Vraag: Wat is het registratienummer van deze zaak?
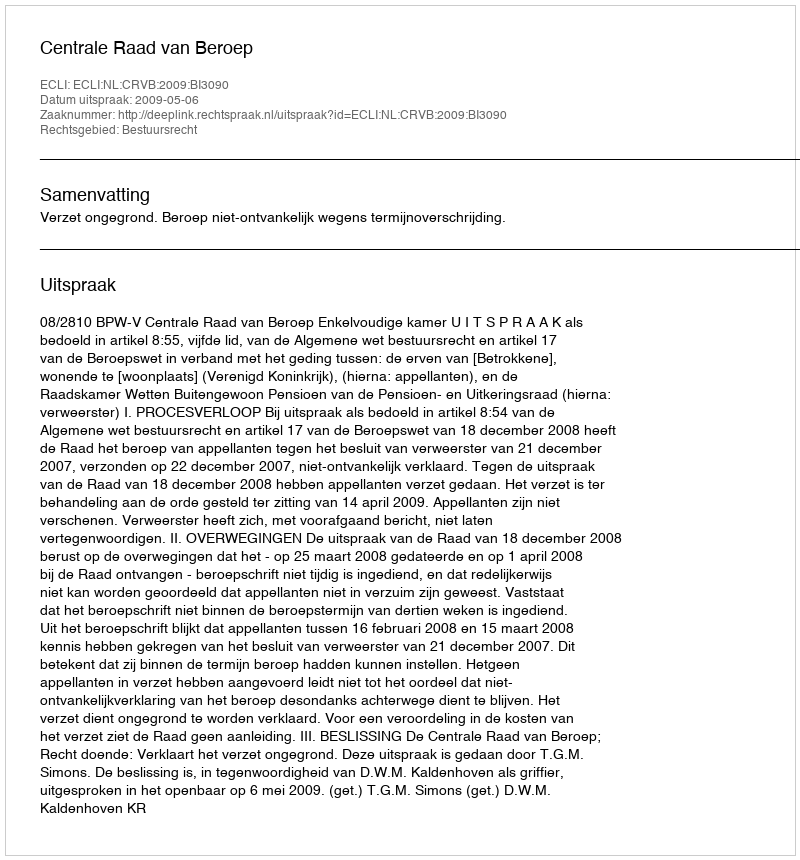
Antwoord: http://deeplink.rechtspraak.nl/uitspraak?id=ECLI:NL:CRVB:2009:BI3090